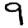
Digit: 9